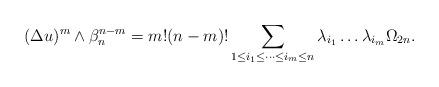
LaTeX: \begin{align*} \begin{aligned} (\Delta u)^{m}\wedge \beta_n ^{n-m}=m!(n-m)!\sum_{1\leq i_1 \leq \dots \leq i_m \leq n}\lambda_{i_1}\dots \lambda_{i_m}\Omega_{2n}.\end{aligned} \end{align*}